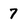
Character: 7